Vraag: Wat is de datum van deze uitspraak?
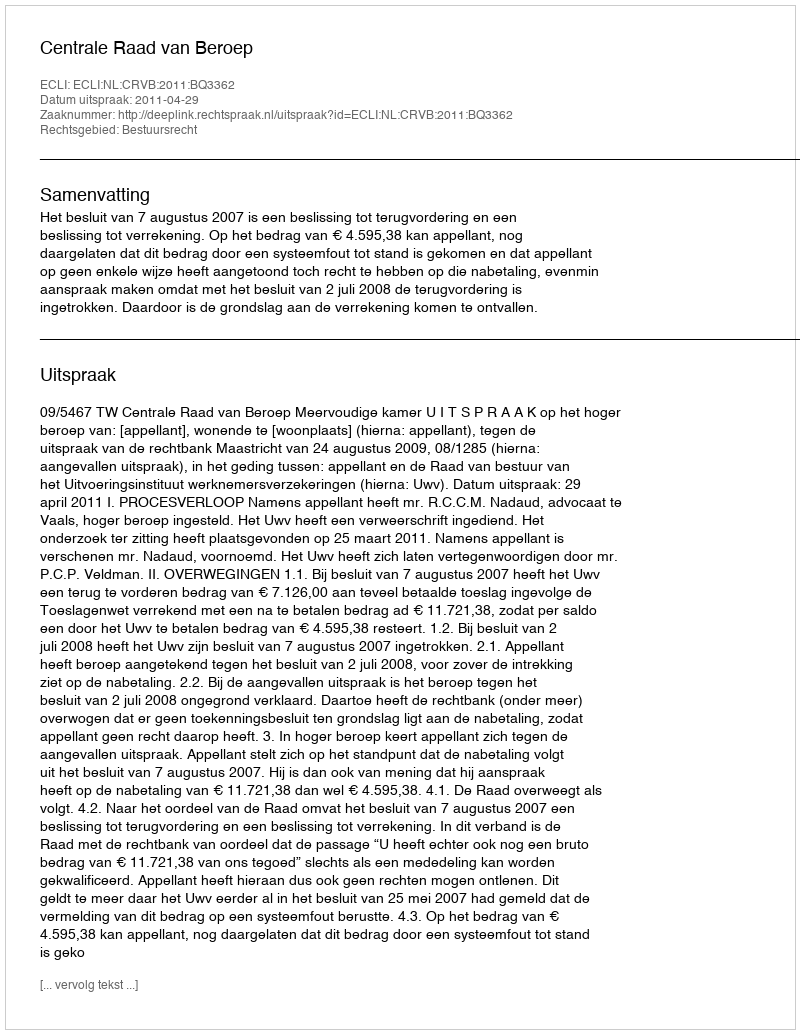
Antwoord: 2011-04-29